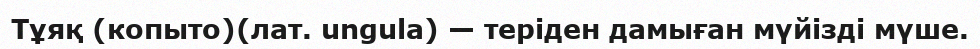
Тұяқ (копыто)(лат. ungula) — теріден дамыған мүйізді мүше.